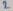
Text: 2